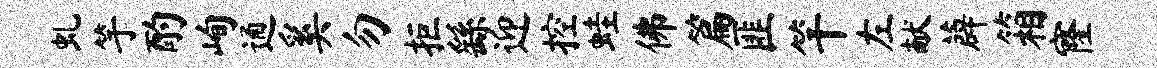
虬竽酌峋通奚勿拒繇迎控蛙佛篇匪竿左献薜箱窿